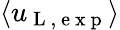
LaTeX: \langle u_{\mathrm{~L~,~e~x~p~}}\rangle